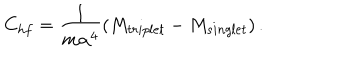
C _ { h f } = \frac { 1 } { m \alpha ^ { 4 } } \left( M _ { t r i p l e t } - M _ { s i n g l e t } \right) .